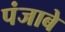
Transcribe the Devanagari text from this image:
पंजाबे